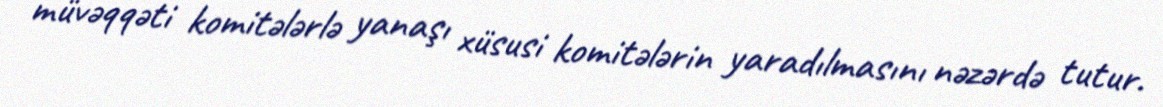
müvəqqəti komitələrlə yanaşı xüsusi komitələrin yaradılmasını nəzərdə tutur.